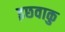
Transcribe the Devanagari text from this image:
इछवाकु